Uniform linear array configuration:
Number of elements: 24
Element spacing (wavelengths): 0.75
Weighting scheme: hamming
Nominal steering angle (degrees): -30
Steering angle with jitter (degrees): -28.951
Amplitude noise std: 0.05
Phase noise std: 0.05

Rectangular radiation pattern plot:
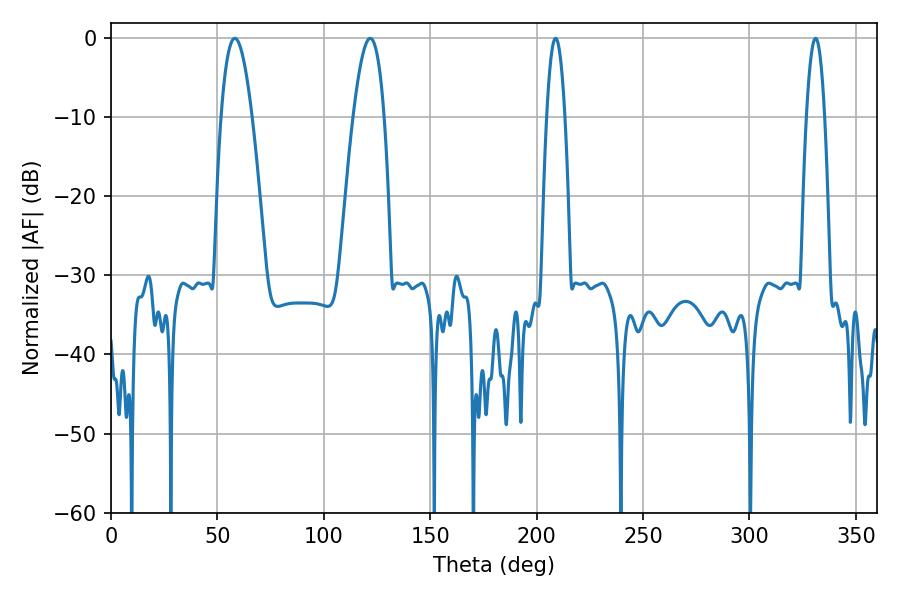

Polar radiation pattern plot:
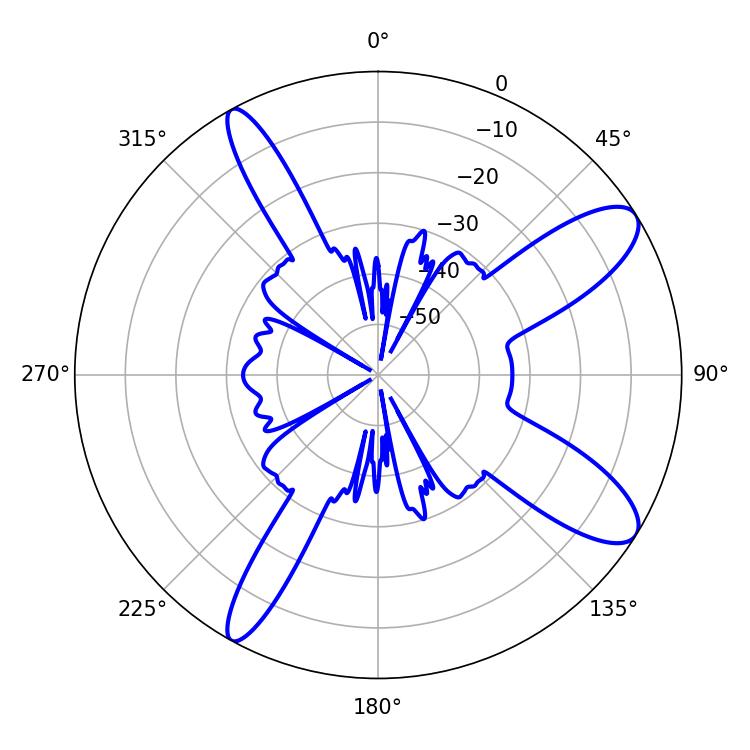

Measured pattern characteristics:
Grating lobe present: TRUE
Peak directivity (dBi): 10.698
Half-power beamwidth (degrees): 8.1
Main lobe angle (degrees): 58.14